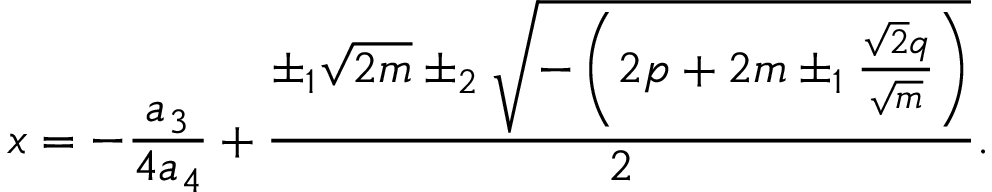
x = - { \frac { a _ { 3 } } { 4 a _ { 4 } } } + { \frac { \pm _ { 1 } { \sqrt { 2 m } } \pm _ { 2 } { \sqrt { - \left( 2 p + 2 m \pm _ { 1 } { \frac { { \sqrt { 2 } } q } { \sqrt { m } } } \right) } } } { 2 } } .